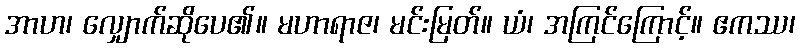
အာဟ၊ လျှောက်ဆိုပေ၏။ မဟာရာဇ၊ မင်းမြတ်။ ယံ၊ အကြင်ကြောင့်။ ဧကဿ၊